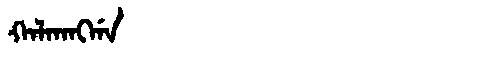
Manchu: ᡴᠠᠯᡴᠠᠩᡤᠠ
Romanization: KALKANGGA